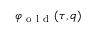
\varphi _ { \mathrm { ~ o ~ l ~ d ~ } } ( \tau , q )